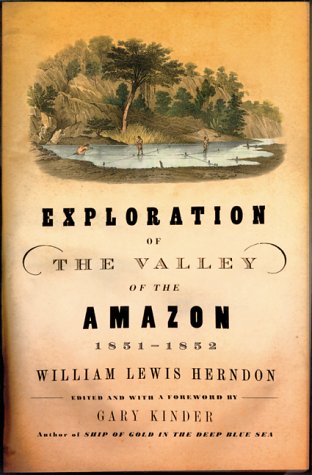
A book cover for Exploration of the Valley of the Amazon; William Lewis Herndon; Travel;